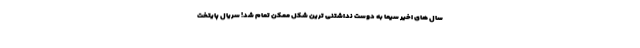
سال های اخیر سیما به دوست نداشتنی ترین شکل ممکن تمام شد! سریال پایتخت